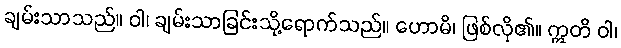
ချမ်းသာသည်။ ဝါ၊ ချမ်းသာခြင်းသို့ရောက်သည်။ ဟောမိ၊ ဖြစ်လို၏။ ဣတိ ဝါ၊